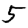
Digit: 5